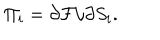
\Pi _ { i } = \partial { \cal F } / \partial S _ { i } .